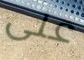
على